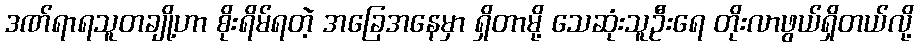
ဒဏ်ရာရသူတချို့ဟာ စိုးရိမ်ရတဲ့ အခြေအနေမှာ ရှိတာမို့ သေဆုံးသူဦးရေ တိုးလာဖွယ်ရှိတယ်လို့